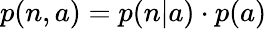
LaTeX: p(n,a)=p(n|a)\cdot p(a)